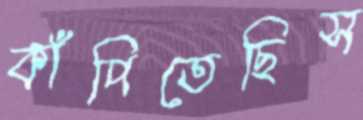
কাঁপিতেছিস